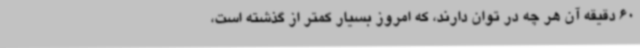
60 دقیقه آن هر چه در توان دارند، که امروز بسیار کمتر از گذشته است،